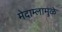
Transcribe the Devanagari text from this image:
मेदाम्लामुळे